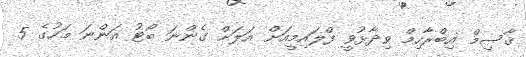
ޤާސިމް އިބްރާހިމް ވިދާޅުވީ ފްލައިމީއަށް އަލަށް ގެންނަ ބޯޓު އަންނަ މަހުގެ 5